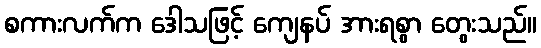
စကားလက်က ဒေါသဖြင့် ကျေနပ် အားရစွာ တွေးသည်။